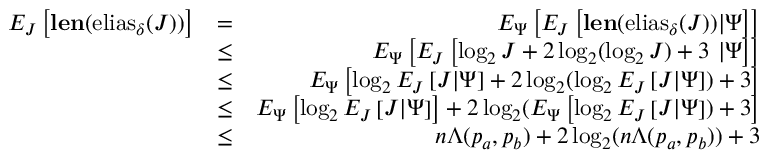
\begin{array} { r l r } { E _ { J } \left[ { \mathbf { l e n } ( \mathrm { e l i a s } _ { \delta } ( J ) ) } \right] } & { = } & { E _ { \Psi } \left[ E _ { J } \left[ { \mathbf { l e n } ( \mathrm { e l i a s } _ { \delta } ( J ) ) } | \Psi \right] \right] } \\ & { \leq } & { E _ { \Psi } \left[ E _ { J } \left[ \log _ { 2 } J + 2 \log _ { 2 } ( \log _ { 2 } J ) + 3 \ | \Psi \right] \right] } \\ & { \leq } & { E _ { \Psi } \left[ \log _ { 2 } E _ { J } \left[ J | \Psi \right] + 2 \log _ { 2 } ( \log _ { 2 } E _ { J } \left[ J | \Psi \right] ) + 3 \right] } \\ & { \leq } & { E _ { \Psi } \left[ \log _ { 2 } E _ { J } \left[ J | \Psi \right] \right] + 2 \log _ { 2 } ( E _ { \Psi } \left[ \log _ { 2 } E _ { J } \left[ J | \Psi \right] ) + 3 \right] } \\ & { \leq } & { n \Lambda ( p _ { a } , p _ { b } ) + 2 \log _ { 2 } ( n \Lambda ( p _ { a } , p _ { b } ) ) + 3 } \end{array}